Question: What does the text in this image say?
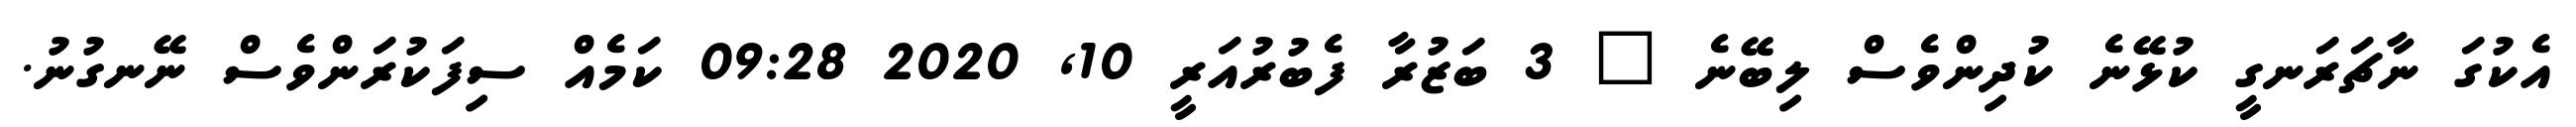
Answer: އެކުގަ ނާޗަރަނގީ ކުޅޭނެ ކުދިންވެސް ލިބޭނެ ? 3 ބަޒުރާ ފެބުރުއަރީ 10, 2020 09:28 ކަމެއް ސިފަކުރަންވެސް ނޭނގުނު.